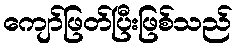
ကျော်ဖြတ်ပြီးဖြစ်သည်